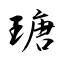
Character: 瑭